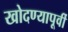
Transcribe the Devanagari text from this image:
खोदण्यापूर्वी